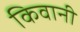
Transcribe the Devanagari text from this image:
किवानी